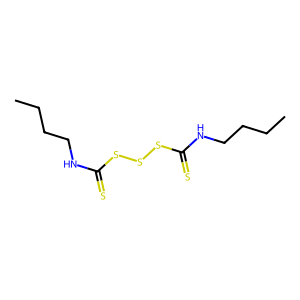
SMILES: CCCCNC(=S)SSSC(=S)NCCCC
Inhibits HIV replication: No